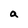
Character: a